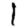
Digit: 1